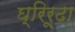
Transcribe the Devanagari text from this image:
घ्रिरूढा